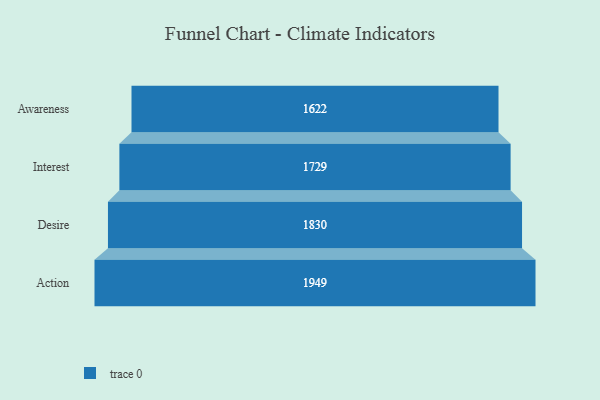
{"axis": {"x": "Stage", "y": "Value"}, "legend": [""], "data": [{"x": "Awareness", "y": 1622.0, "type": ""}, {"x": "Interest", "y": 1729.0, "type": ""}, {"x": "Desire", "y": 1830.0, "type": ""}, {"x": "Action", "y": 1949.0, "type": ""}]}